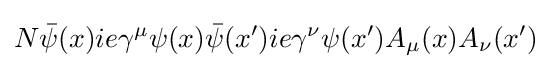
N{\bar {\psi }}(x)ie\gamma ^{\mu }\psi (x){\bar {\psi }}(x')ie\gamma ^{\nu }\psi (x')A_{\mu }(x)A_{\nu }(x')